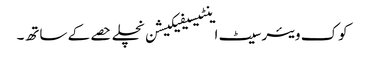
کوک ویئر سیٹ اینٹیسیفیکیشن نچلے حصے کے ساتھ۔